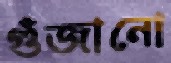
গুঁজানো